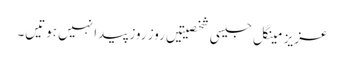
عزیز مینگل جیسی شخصیتیں روز روز پیدا نہیں ہوتیں۔